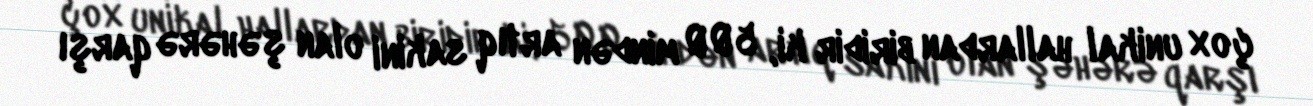
çox unikal hallardan biridir ki, 500 mindən artıq sakini olan şəhərə qarşı